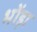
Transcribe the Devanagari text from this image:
भोंड़ा